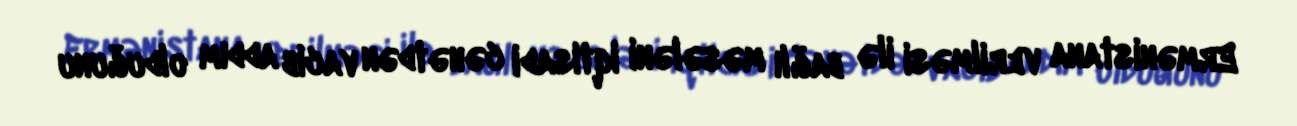
Ermənistana verilməsi ilə bağlı məsələni iqtisadi cəhətdən vacib addım olduğunu